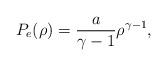
LaTeX: \begin{align*}P_e(\rho)=\frac{a}{\gamma-1}\rho^{\gamma-1},\end{align*}